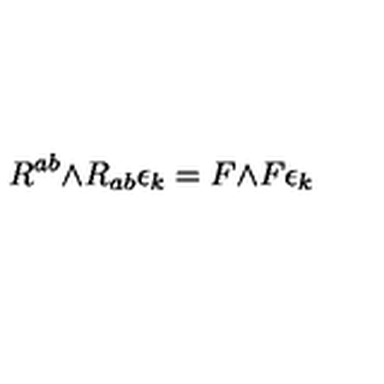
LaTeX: R ^ { a b } \mathrm { \tiny \wedge } R _ { a b } \epsilon _ { k } = F \mathrm { \tiny \wedge } F \epsilon _ { k }